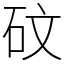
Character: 砇